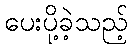
ပေးပို့ခဲ့သည့်